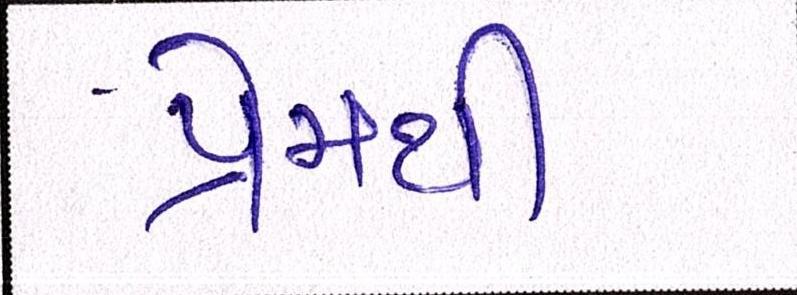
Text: પ્રેમથી